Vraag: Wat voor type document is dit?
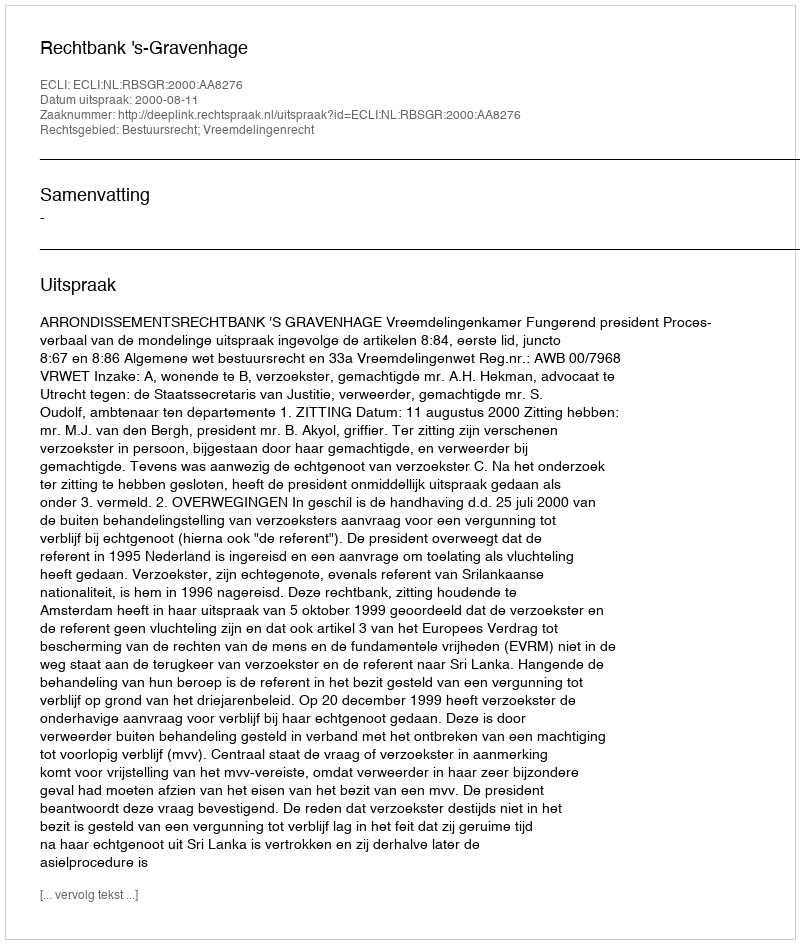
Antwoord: Uitspraak